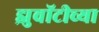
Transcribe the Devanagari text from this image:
झुवॉटीच्या